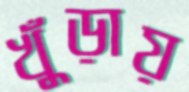
খুঁড়ায়